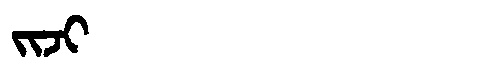
Manchu: ᠵᡳᠵᡳ
Romanization: JIJI